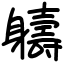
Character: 軇